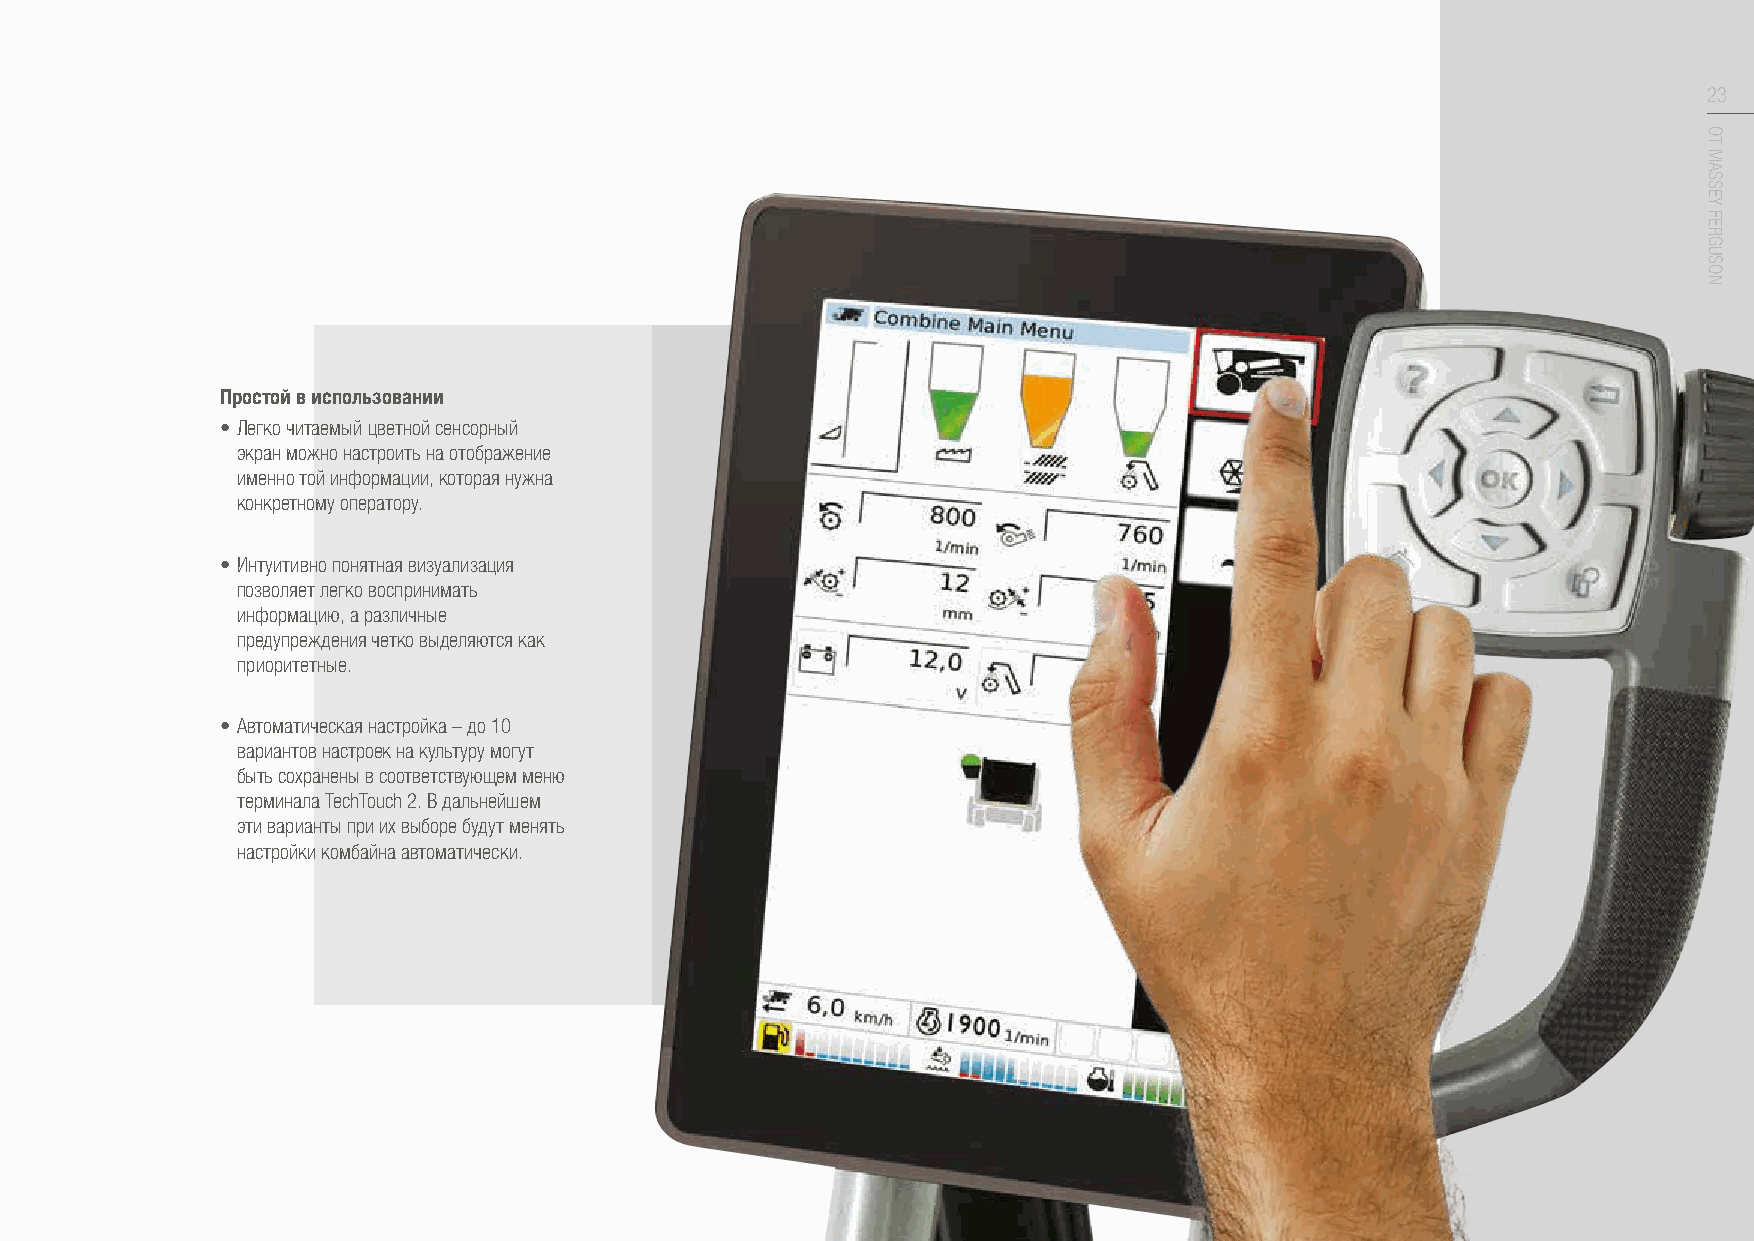
23
 Простой в использовании
 • Легко читаемый цветной сенсорный
 экран можно настроить на отображение
 именно той информации, которая нужна
 конкретному оператору.
 • Интуитивно понятная визуализация
 позволяет легко воспринимать
 информацию, а различные
 предупреждения четко выделяются как
 приоритетные.
 • Автоматическая настройка – до 10
 вариантов настроек на культуру могут
 быть сохранены в соответствующем меню
 терминала TechTouch 2. В дальнейшем
 эти варианты при их выборе будут менять
 настройки комбайна автоматически.
 ОТ
 MASSEY
 FERGUSON